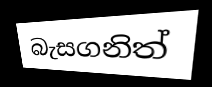
බැසගනිත්